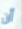
أن